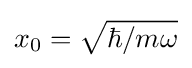
x_{0}={\sqrt {\hbar /m\omega }}